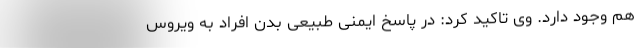
هم وجود دارد. وی تاکید کرد: در پاسخ ایمنی طبیعی بدن افراد به ویروس